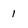
Character: 1